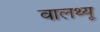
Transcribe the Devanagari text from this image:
वालथ्यू